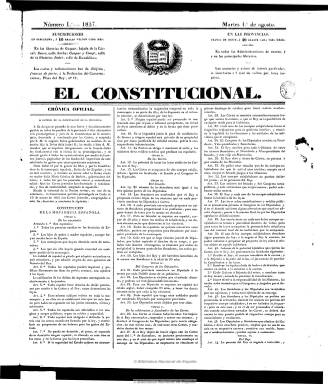
Título: El Constitucional (Barcelona)
Colección: Periódicos anteriores a 1850
Ámbito geográfico: Barcelona
Lugar de publicación: Barcelona
Fechas: 01/08/1837-24/11/1843

Con la nueva Constitución y con el fin de llenar el vacío de la prensa progresista avanzada barcelonesa que habían dejado La Guardia nacional (1835-1841) y El Nuevo vapor (1836-1838), al pasarse estos al moderantismo a comienzos de 1837, el médico humanista, político y periodista Pedro Felipe Monlau (1808-1871), que previamente había dirigido la etapa más radical del último de los citados periódicos y colaborado en el también diario progresista El Sancho Gobernador (1836-1837), funda El Constitucional, cuyo primer número aparece el uno de agosto de ese año 1837. En entregas de cuatro páginas y compuesto a tres columnas, será un típico diario de la época, estampado en su propia imprenta, apareciendo F. Vila como su editor responsable, de acuerdo a lo exigido por la nueva ley de imprenta.

Con un pequeño grabado sobre su cabecera en el que inserta la portada de la Constitución de 1837, el diario se estructura en secciones, y en su primera página incluirá la denominada Crónica oficial, en cuyo primer número inserta el propio texto constitucional recientemente aprobado, que había sido fruto de la transacción entre los partidos Moderado y Progresista, y que el primero terminará sustituyendo por su propia Constitución en 1845, dando lugar a la consiguiente Década Moderada. Sección esta que servirá para dar cuenta del desarrollo legislativo y normativo de la reina regente María Cristina y de los diferentes ministerios del Gobierno (reales decretos, órdenes, etc.), y que compartirá, en el faldón de la misma plana, con un folletín, que a veces sigue en los de las páginas siguientes.

A continuación, en una sección bajo el epígrafe Barcelona ubicará diariamente el principal artículo de fondo, de carácter político o doctrinal, que tiene la estructura propia del editorial, desde donde denunciará al carlismo, que en esos momentos intensifica la cruenta guerra civil, analizará la política gubernamental o parlamentaria o defenderá los principios de soberanía nacional, de estructura territorial del Estado o municipal y en, general, los democráticos avanzados de los que es portavoz ante la opinión pública barcelonesa.

Otras de sus secciones son Crónica interior y Crónica extranjera, con noticias extractadas de otros periódicos y algunas procedentes de partes telegráficos, así como las de Alcance y Cortes. La sección de local tiene el epígrafe Gacetín urbano, y en ella inserta información sobre los servicios de de la capitanía general, del gobierno superior político de la provincia o del movimiento portuario, pasando después esta última información a una sección propia con la denominación Crónica mercantil, en donde inserta también los cambios monetarios. Además publica manifiestos o proclamas políticas, comunicados remitidos y avisos, y al final tiene una brevísima sección de Teatro. Carece de anuncios comerciales.

Sin llegar a cumplir tres meses de vida y haber publicado 77 números, y tras conocerse los resultados de las elecciones, que ganan los moderados, el 16 de octubre, el diario será suspendido por orden del nuevo jefe Político de la Provincia, José María Cambronero, hombre de confianza de Ramón de Meer, que venía siendo capitán general de Cataluña desde marzo de 1837. Tras ser acusado del asesinato del teniente de alcalde y jefe de la policía barcelonesa, el moderado Mariano Vehils, Monlau será deportado y buscará refugio en Francia. Tras el cese de Meer, a cuyo mandato como capitán general se le ha calificado de “dictadura”, en junio de 1839, Monlau regresa a Barcelona, y junto a otro proscrito, el también médico y filósofo Pedro Mata (1811-1877), iniciará la segunda etapa de El Constitucional, que reaparece el 23 de junio de ese año, con el subtítulo “periódico político, literario, económico y mercantil”, con la misma estructura formal y como principal periódico progresista filodemócrata barcelonés. El compendio de su doctrina, según su prospecto, será la monarquía constitucional cristina y la lucha por la conclusión de la guerra civil carlista, además de combatir el desorden y defender la industria nacional. Aparece ahora J. Planas como su editor responsable, y lo seguirá dirigiendo Monlau hasta noviembre de 1840, tras la renuncia de la reina María Cristina y la asunción de la regencia por Baldomero Espartero –el “general del pueblo“–, ocupando a continuación su dirección el oficial de Infantería Antonio Seijas Prado, mientras que Monlau fundará y dirigirá un nuevo diario progresista desde enero de 1841: El Popular.

Desde el 24 de julio de 1842, como suplemento del diario, sus redactores publicarán el semanario El sapo y el mico, que se autodefine como “periódico insolente, descarado, asqueroso y repugnante, dedicado a lo más soez de la sociedad, por una reunión de brutos”, con el que intentan replicar al moderado El Papagayo.

Contrario a los “ayacuchos”, El Constitucional se sumó a la alianza de progresistas y moderados que provocaron el fin de la regencia de Espartero en julio de 1843, y tras los brevísimos gobiernos de José María López, durante el también cortísimo de Salustiano Olózaga publicará su última entrega –la número 1.655-, el 24 de noviembre de ese año; y tras la entronización de Isabel II y la toma del poder de Luis González Bravo comenzará la Década Moderada y el regreso de la política represiva. Un dato a destacar de este diario es que en su edición de diez de noviembre de 1839 publicó una noticia bajo el epígrafe El Daguerrotipo, por el que se anuncia la obtención por este método de la primera fotografía en España, que sería la de una vista de la Lonja de Barcelona, atribuída a Monlau.